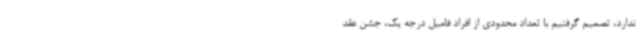
ندارد، تصمیم گرفتیم با تعداد محدودی از افراد فامیل درجه یک، جشن عقد